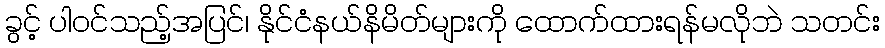
ခွင့် ပါဝင်သည့်အပြင်၊ နိုင်ငံနယ်နိမိတ်များကို ထောက်ထားရန်မလိုဘဲ သတင်း